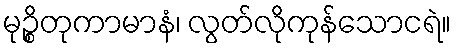
မုဉ္စိတုကာမာနံ၊ လွတ်လိုကုန်သောငရဲ။